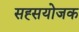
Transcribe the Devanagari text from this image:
सह्सयोजक